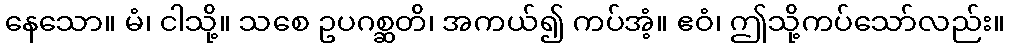
နေသော။ မံ၊ ငါသို့။ သစေ ဥပဂစ္ဆတိ၊ အကယ်၍ ကပ်အံ့။ ဧဝံ၊ ဤသို့ကပ်သော်လည်း။